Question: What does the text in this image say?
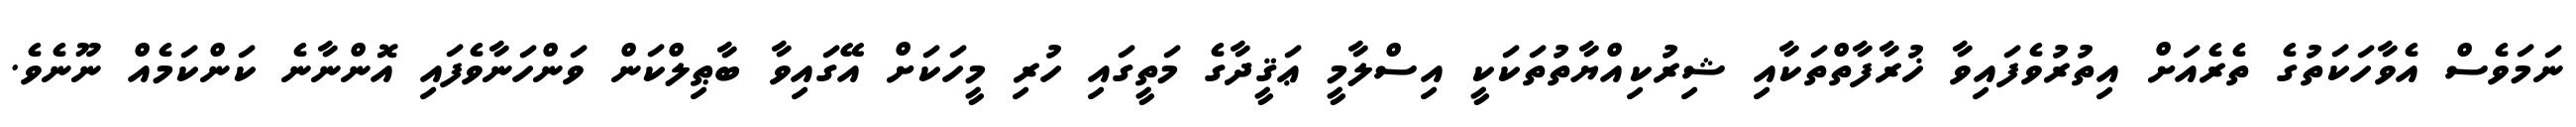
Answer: ނަމަވެސް އެވާހަކަތުގެ ތެރެއަށް އިތުރުވެފައިވާ ޚުރާފާތްތަކާއި ޝިރުކިއްޔާތުތަކަކީ އިސްލާމީ ޢަޤީދާގެ މަތީގައި ހުރި މީހަކަށް އޭގައިވާ ބާޠިލްކަން ވަންހަނާވެފައި އޮންނާނެ ކަންކަމެއް ނޫނެވެ.